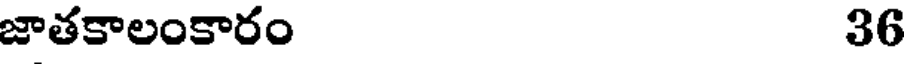
జాతకాలంకారం 36